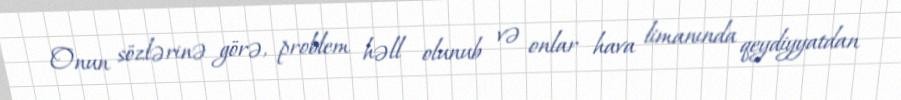
Onun sözlərinə görə, problem həll olunub və onlar hava limanında qeydiyyatdan